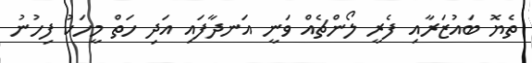
ތެޔޮ ބައުޒަރާއި ފެރީ ލޯންޗެއް ވަނީ އަނދާފައި އަދި ހަތް މީހަކު ފިހުނު